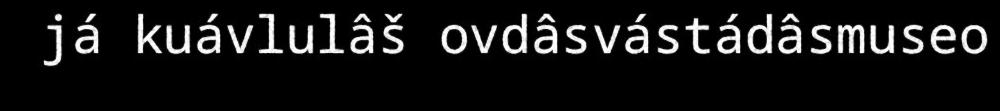
já kuávlulâš ovdâsvástádâsmuseo